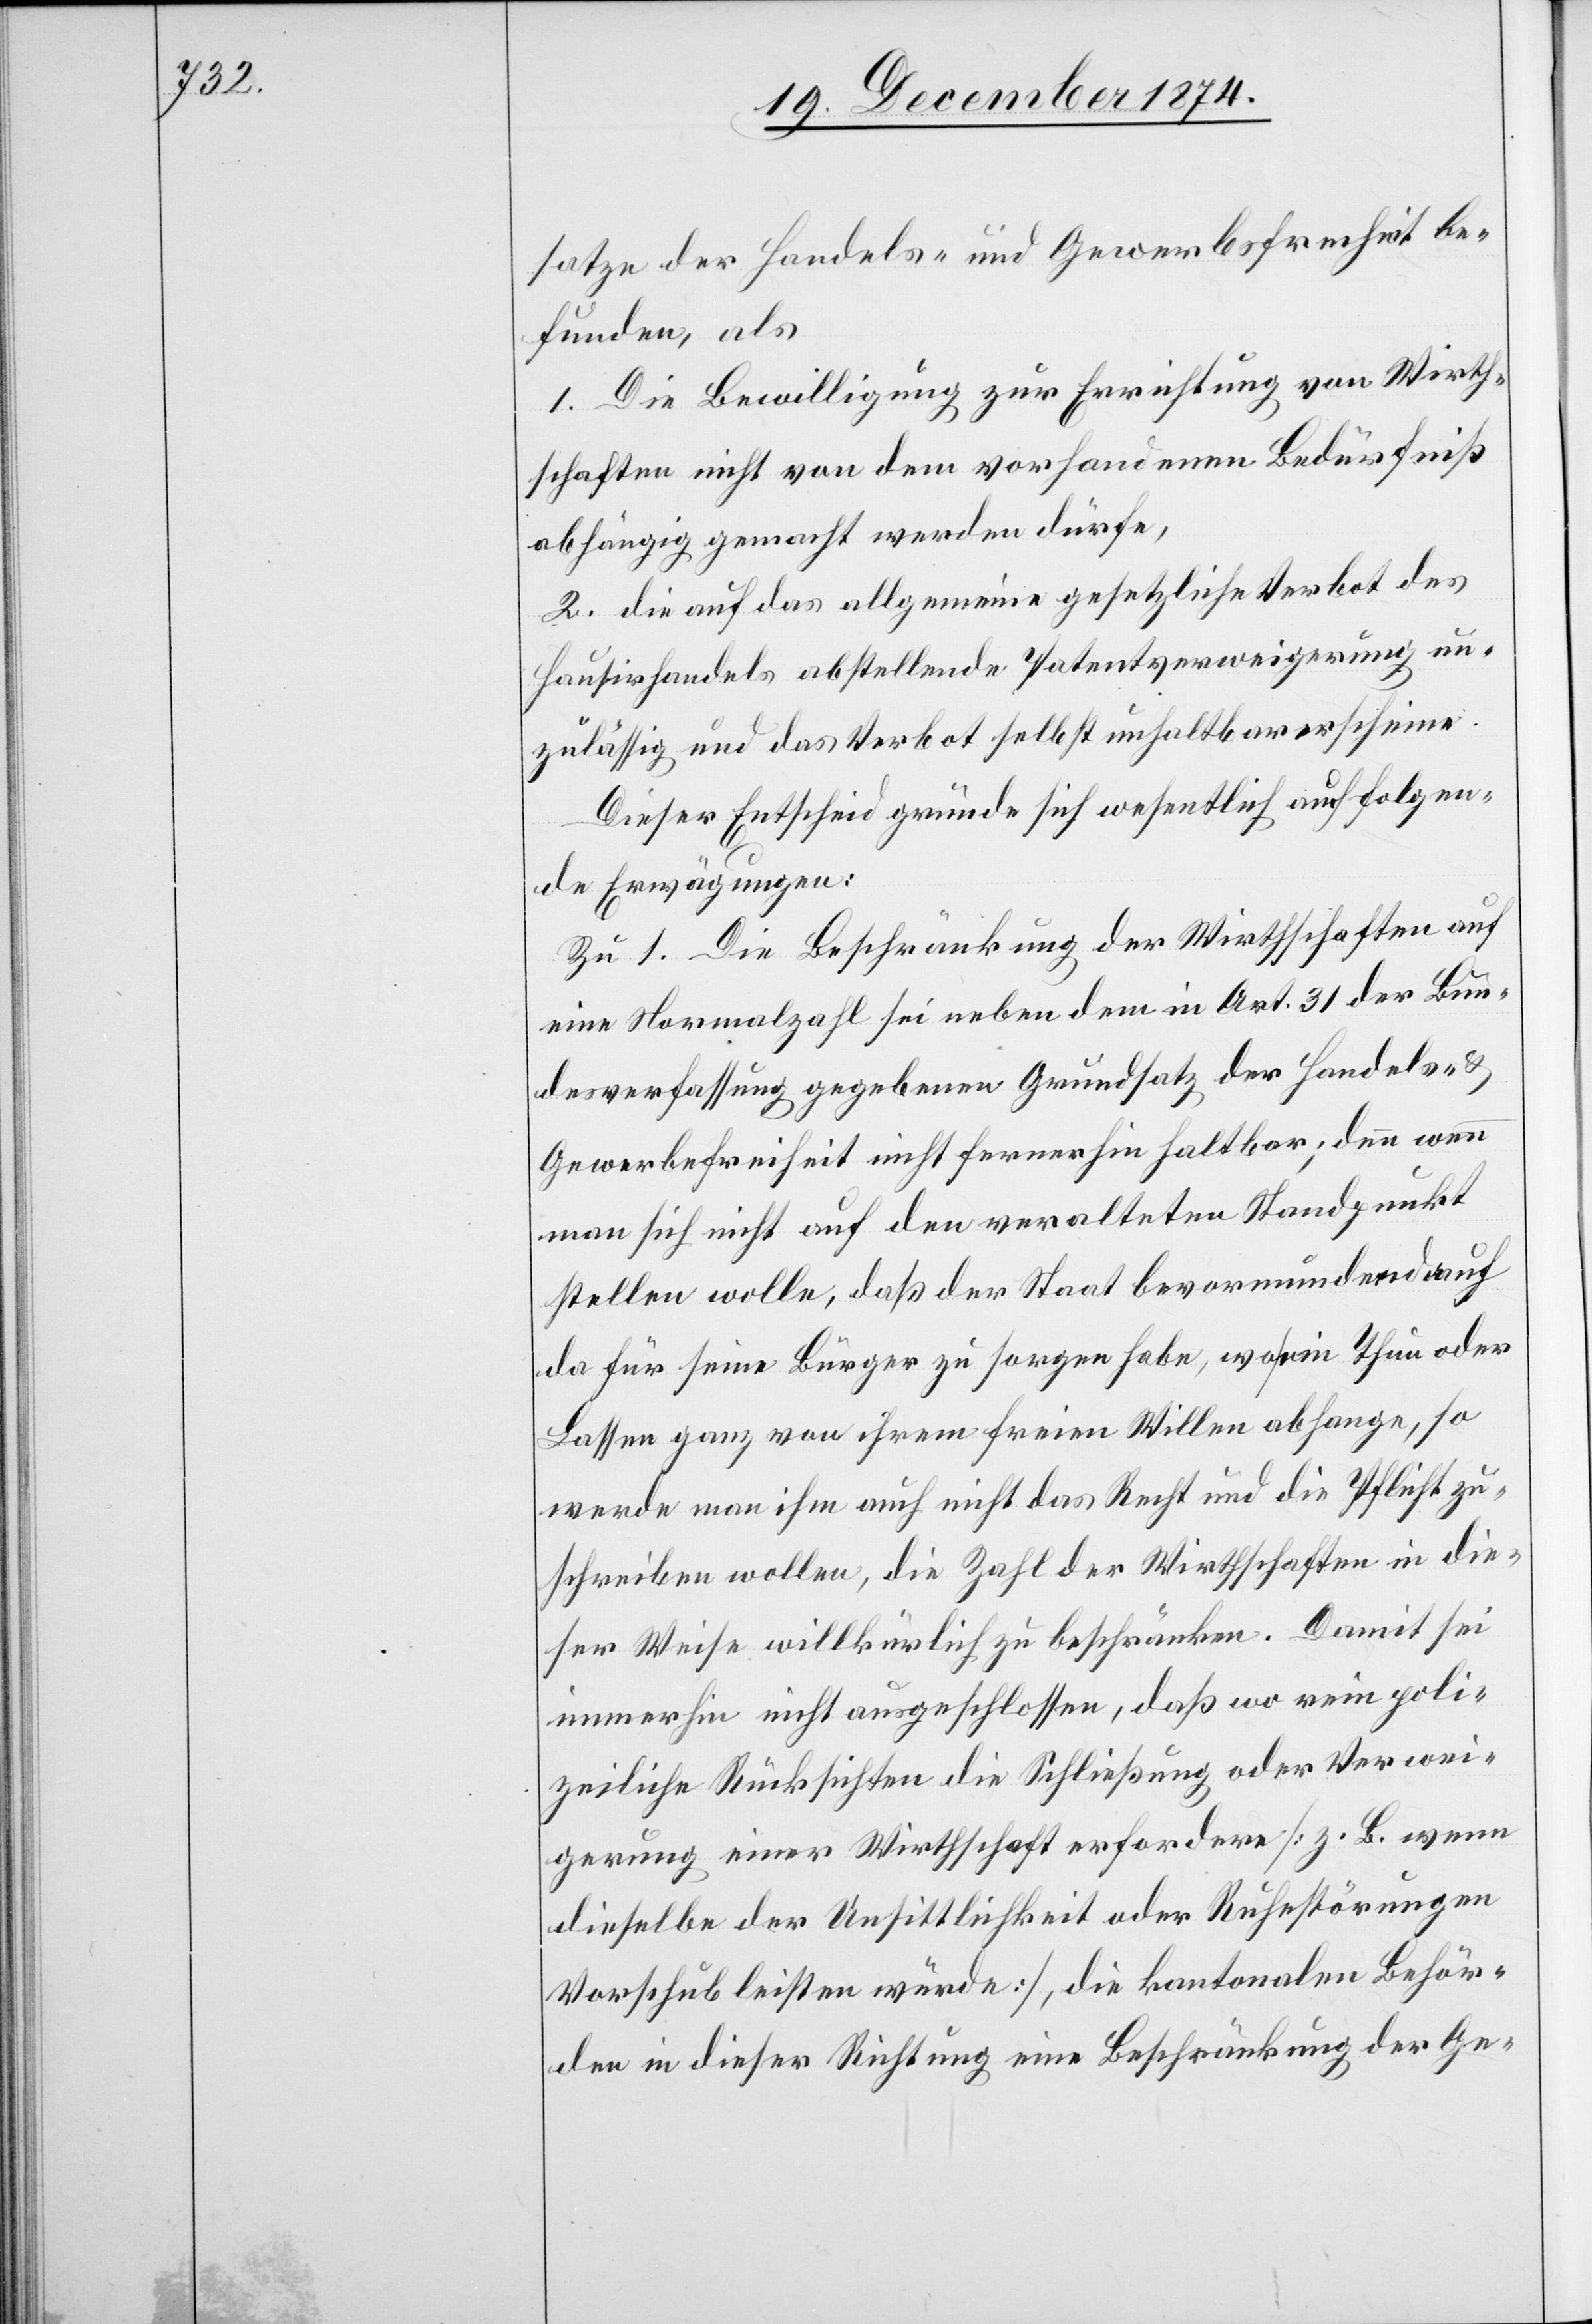
satze der Handels- und Gewerbsfreiheit be¬
funden, als
1. Die Bewilligung zur Errichtung von Wirth¬
schaften nicht von dem vorhandenen Bedürfniß
abhängig gemacht werden dürfe,
2. die auf das allgemeine gesetzliche Verbot des
Hausirhandels abstellende Patentverweigerung un¬
zulässig und das Verbot selbst unhaltbar erscheine.
Dieser Entscheid gründe sich wesentlich auf folgen¬
de Erwägungen:
Zu 1. Die Beschränkung der Wirthschaften auf
eine Normalzahl sei neben dem in Art. 31 der Bun¬
desverfassung gegebenen Grundsatz der Handels-
Gewerbefreiheit nicht fernerhin haltbar; denn wenn
man sich nicht auf den veralteten Standpunkt
stellen wolle, daß der Staat bevormundend auch
da für seine Bürger zu sorgen habe, wo ein Thun oder
Lassen ganz von ihrem freien Willen abhange, so
werde man ihm auch nicht das Recht und die Pflicht zu¬
schreiben wollen, die Zahl der Wirthschaften in die¬
ser Weise willkürlich zu beschränken. Damit sei
immerhin nicht ausgeschlossen, daß wo rein poli¬
zeiliche Rücksichten die Schließung oder Verwei¬
gerung einer Wirthschaft erfordere [z. B. wenn
dieselbe der Unsittlichkeit oder Ruhestörungen
Vorschub leisten würde], die kantonalen Behör¬
den in dieser Richtung eine Beschränkung der Ge-